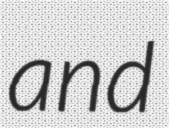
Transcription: and